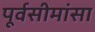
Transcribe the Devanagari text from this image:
पूर्वसीमांसा